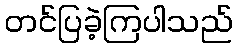
တင်ပြခဲ့ကြပါသည်